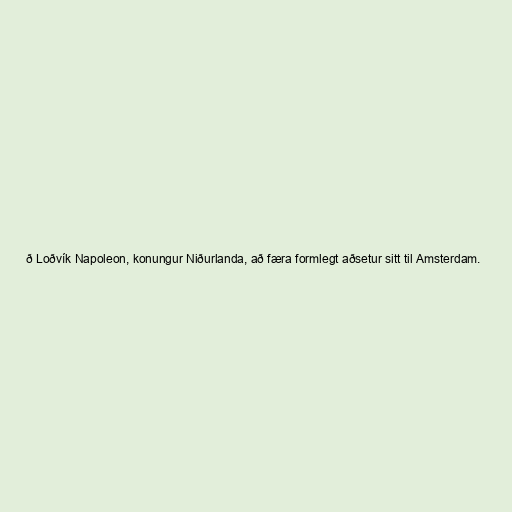
ð Loðvík Napoleon, konungur Niðurlanda, að færa formlegt aðsetur sitt til Amsterdam.